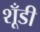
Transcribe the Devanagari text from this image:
शूँडी